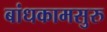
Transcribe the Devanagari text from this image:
बांधकामसुरु